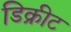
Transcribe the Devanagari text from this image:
डिक्रीट